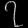
Digit: ၇